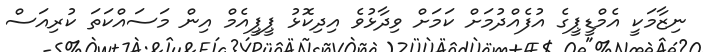
ނިޒާމަކީ އެމްޑީޕީގެ އުފެއްދުމަށް ކަމަށް ވިދާޅުވެ އިދިކޮޅު ޕީޕީއެމް އިން މަސައްކަތަ ކުރިއަސް